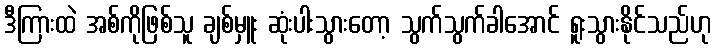
ဒီကြားထဲ အစ်ကိုဖြစ်သူ ချစ်မှူး ဆုံးပါးသွားတော့ သွက်သွက်ခါအောင် ရူးသွားနိုင်သည်ဟု